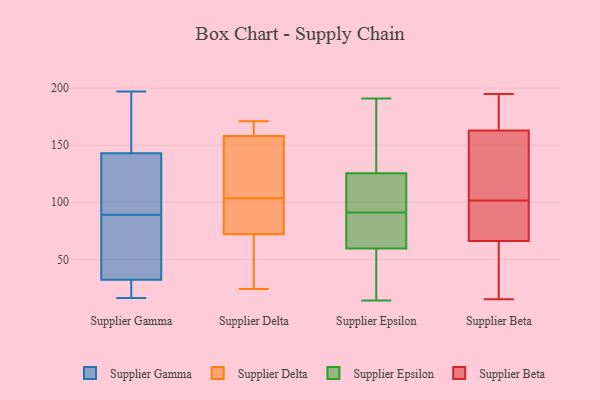
{"axis": {"x": "Waste Production (Tons)", "y": "Value"}, "legend": ["Supplier Beta", "Supplier Delta", "Supplier Epsilon", "Supplier Gamma"], "data": [{"x": "", "y": 30, "type": "Supplier Gamma"}, {"x": "", "y": 32, "type": "Supplier Gamma"}, {"x": "", "y": 132, "type": "Supplier Gamma"}, {"x": "", "y": 30, "type": "Supplier Gamma"}, {"x": "", "y": 56, "type": "Supplier Gamma"}, {"x": "", "y": 143, "type": "Supplier Gamma"}, {"x": "", "y": 166, "type": "Supplier Gamma"}, {"x": "", "y": 111, "type": "Supplier Gamma"}, {"x": "", "y": 84, "type": "Supplier Gamma"}, {"x": "", "y": 16, "type": "Supplier Gamma"}, {"x": "", "y": 69, "type": "Supplier Gamma"}, {"x": "", "y": 94, "type": "Supplier Gamma"}, {"x": "", "y": 158, "type": "Supplier Gamma"}, {"x": "", "y": 197, "type": "Supplier Gamma"}, {"x": "", "y": 166, "type": "Supplier Delta"}, {"x": "", "y": 165, "type": "Supplier Delta"}, {"x": "", "y": 103, "type": "Supplier Delta"}, {"x": "", "y": 34, "type": "Supplier Delta"}, {"x": "", "y": 92, "type": "Supplier Delta"}, {"x": "", "y": 125, "type": "Supplier Delta"}, {"x": "", "y": 142, "type": "Supplier Delta"}, {"x": "", "y": 50, "type": "Supplier Delta"}, {"x": "", "y": 104, "type": "Supplier Delta"}, {"x": "", "y": 81, "type": "Supplier Delta"}, {"x": "", "y": 171, "type": "Supplier Delta"}, {"x": "", "y": 24, "type": "Supplier Delta"}, {"x": "", "y": 158, "type": "Supplier Delta"}, {"x": "", "y": 72, "type": "Supplier Delta"}, {"x": "", "y": 173, "type": "Supplier Epsilon"}, {"x": "", "y": 63, "type": "Supplier Epsilon"}, {"x": "", "y": 83, "type": "Supplier Epsilon"}, {"x": "", "y": 86, "type": "Supplier Epsilon"}, {"x": "", "y": 107, "type": "Supplier Epsilon"}, {"x": "", "y": 191, "type": "Supplier Epsilon"}, {"x": "", "y": 14, "type": "Supplier Epsilon"}, {"x": "", "y": 56, "type": "Supplier Epsilon"}, {"x": "", "y": 96, "type": "Supplier Epsilon"}, {"x": "", "y": 96, "type": "Supplier Epsilon"}, {"x": "", "y": 144, "type": "Supplier Epsilon"}, {"x": "", "y": 43, "type": "Supplier Epsilon"}, {"x": "", "y": 123, "type": "Supplier Beta"}, {"x": "", "y": 120, "type": "Supplier Beta"}, {"x": "", "y": 121, "type": "Supplier Beta"}, {"x": "", "y": 163, "type": "Supplier Beta"}, {"x": "", "y": 195, "type": "Supplier Beta"}, {"x": "", "y": 18, "type": "Supplier Beta"}, {"x": "", "y": 193, "type": "Supplier Beta"}, {"x": "", "y": 167, "type": "Supplier Beta"}, {"x": "", "y": 66, "type": "Supplier Beta"}, {"x": "", "y": 75, "type": "Supplier Beta"}, {"x": "", "y": 18, "type": "Supplier Beta"}, {"x": "", "y": 100, "type": "Supplier Beta"}, {"x": "", "y": 103, "type": "Supplier Beta"}, {"x": "", "y": 15, "type": "Supplier Beta"}, {"x": "", "y": 93, "type": "Supplier Beta"}, {"x": "", "y": 61, "type": "Supplier Beta"}, {"x": "", "y": 90, "type": "Supplier Beta"}, {"x": "", "y": 167, "type": "Supplier Beta"}]}